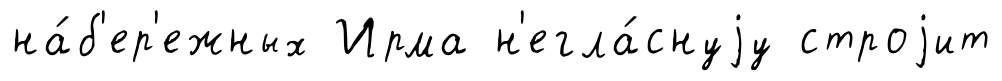
на́б'ер'ежных Ирма н'егла́снуjу строjит